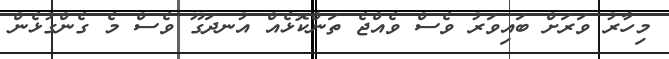
މިހާރު ވަރަށް ބައިވަރު ވެސް ވެއްޖެ ތަންކޮޅެއް އުނދަގޫ ވެސް މެ ގެންގުޅެން